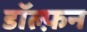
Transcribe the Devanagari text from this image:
डॉल्फ़न